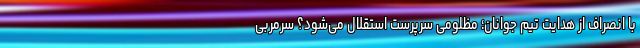
با انصراف از هدایت تیم جوانان؛ مظلومی سرپرست استقلال می‌شود؟ سرمربی